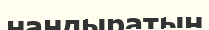
нандыратын